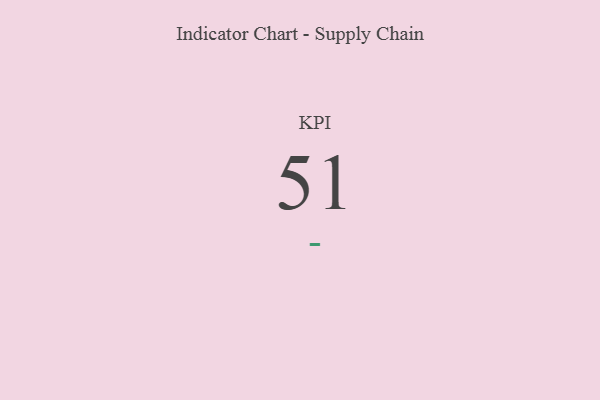
{"axis": {"x": "KPI", "y": "Value"}, "legend": [""], "data": [{"x": "KPI", "y": 51, "type": ""}]}